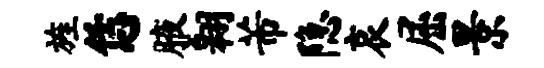
旌恁腋翱芾隐哀屈景